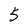
Character: 5